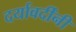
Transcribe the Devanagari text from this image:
दर्यावर्दींनी